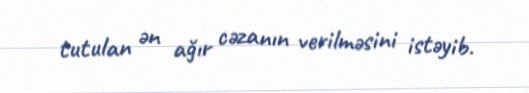
tutulan ən ağır cəzanın verilməsini istəyib.